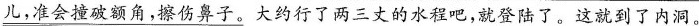
\underline{\underline{儿，准会撞破额角，擦伤鼻子。}}大约行了两三丈的水程吧，就登陆了。这就到了内洞。